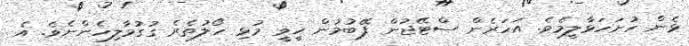
ޅެން ހުށަހަޅާލީމެވެ. އަހަރެން ސްޓޭޖުން ފޭބުމުން ހީވީ މުޅި ހޯލުތެރެ ގުގުމާލިހެންނެވެ. އެ